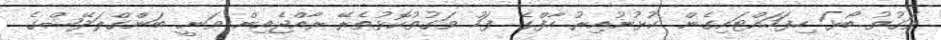
ވަގުތު ބޯޅަ ހިފަހައްޓައިގެން ކުޅުނުއިރު ހާފްގެ ފަހު ވަގުތުކޮޅުތެރޭ ރާއްޖެއިން ވަނީ ބަންގްލަދޭޝްގެ